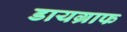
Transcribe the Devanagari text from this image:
डायग्राफ